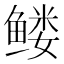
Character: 𱈆